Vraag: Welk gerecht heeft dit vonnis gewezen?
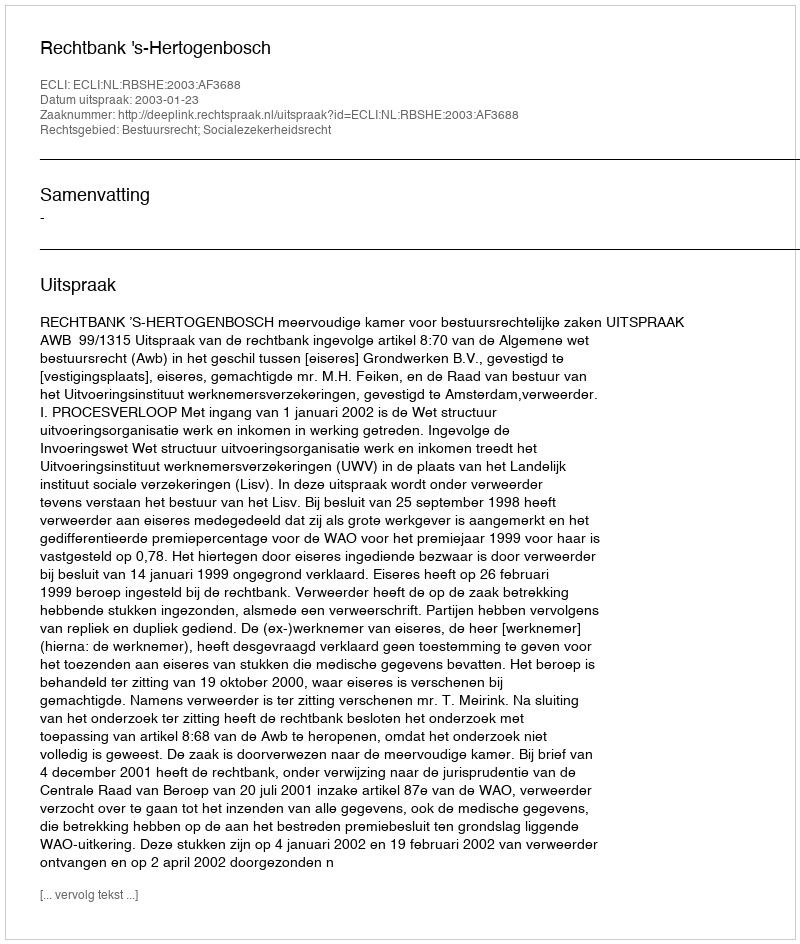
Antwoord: Rechtbank 's-Hertogenbosch